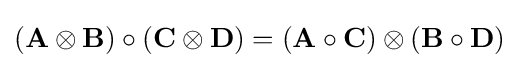
(\mathbf {A} \otimes \mathbf {B} )\circ (\mathbf {C} \otimes \mathbf {D} )=(\mathbf {A} \circ \mathbf {C} )\otimes (\mathbf {B} \circ \mathbf {D} )